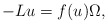
\begin{align*}- L u = f(u) \Omega,\end{align*}